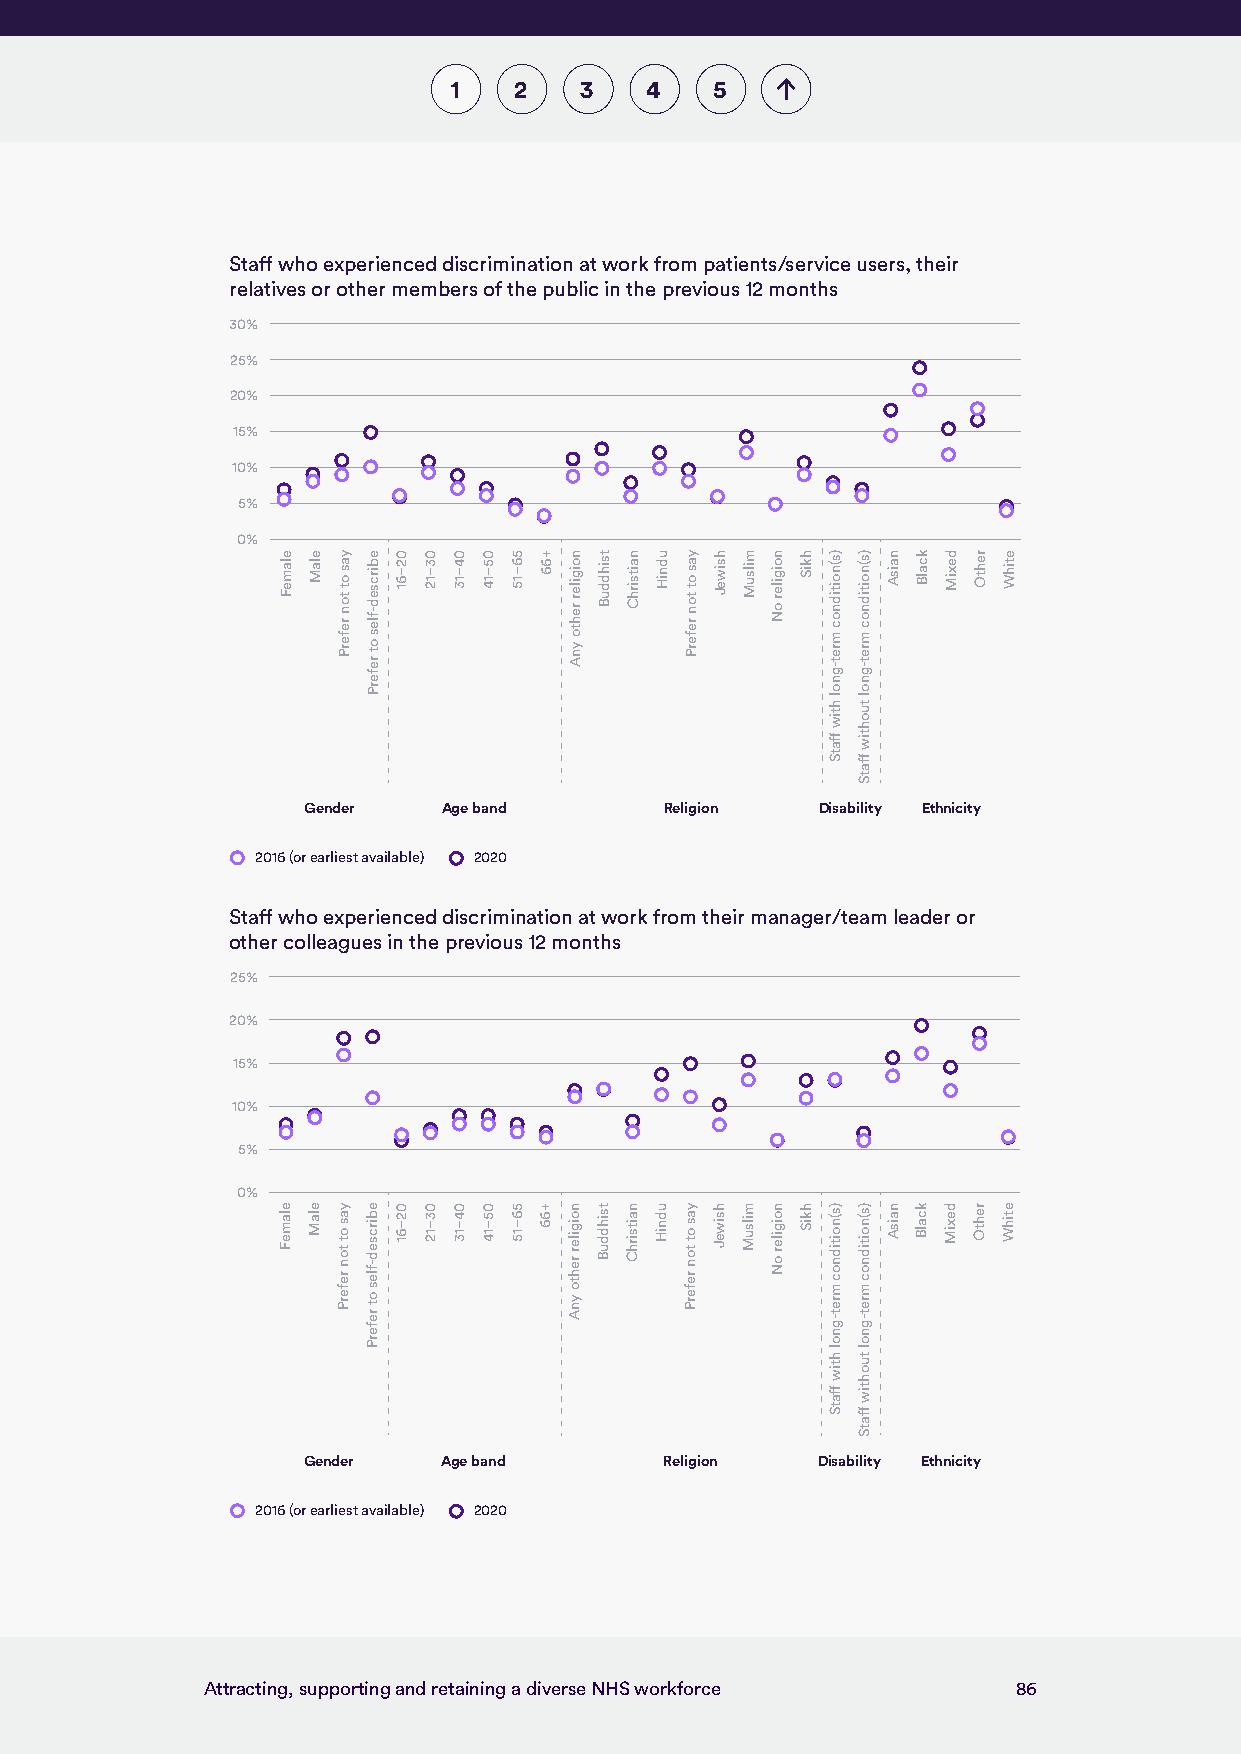
1   2   3    4   5
 Staff who experienced discrimination at work from patients/service users, their
 relatives or other members of the public in the previous 12 months
 30%
 25%
 20%
 15%
 10%
 5%
 0%
 Gender   Age band       Religion  Disability Ethnicity
 2016 (or earliest available) 2020
 Staff who experienced discrimination at work from their manager/team leader or
 other colleagues in the previous 12 months
 25%
 20%
 15%
 10%
 5%
 0%
 Gender   Age band       Religion  Disability Ethnicity
 2016 (or earliest available) 2020
 Attracting, supporting and retaining a diverse NHS workforce 86
 elameF
 elameF
 elaM
 elaM
 yas
 ot
 ton
 referP
 yas
 ot
 ton
 referP
 ebircsed-fles
 ot
 referP
 ebircsed-fles
 ot
 referP
 02–61
 02–61
 03–12
 03–12
 04–13
 04–13
 05–14
 05–14
 56–15
 56–15
 +66
 +66
 noigiler
 rehto
 ynA
 noigiler
 rehto
 ynA
 tsihdduB
 tsihdduB
 naitsirhC
 naitsirhC
 udniH
 udniH
 yas
 ot
 ton
 referP
 yas
 ot
 ton
 referP
 hsiweJ
 hsiweJ
 milsuM
 milsuM
 noigiler
 oN
 noigiler
 oN
 hkiS
 hkiS
 )s(noitidnoc
 mret-gnol
 htiw
 ffatS
 )s(noitidnoc
 mret-gnol
 htiw
 ffatS
 )s(noitidnoc
 mret-gnol
 tuohtiw
 ffatS
 )s(noitidnoc
 mret-gnol
 tuohtiw
 ffatS
 naisA
 naisA
 kcalB
 kcalB
 dexiM
 dexiM
 rehtO
 rehtO
 etihW
 etihW